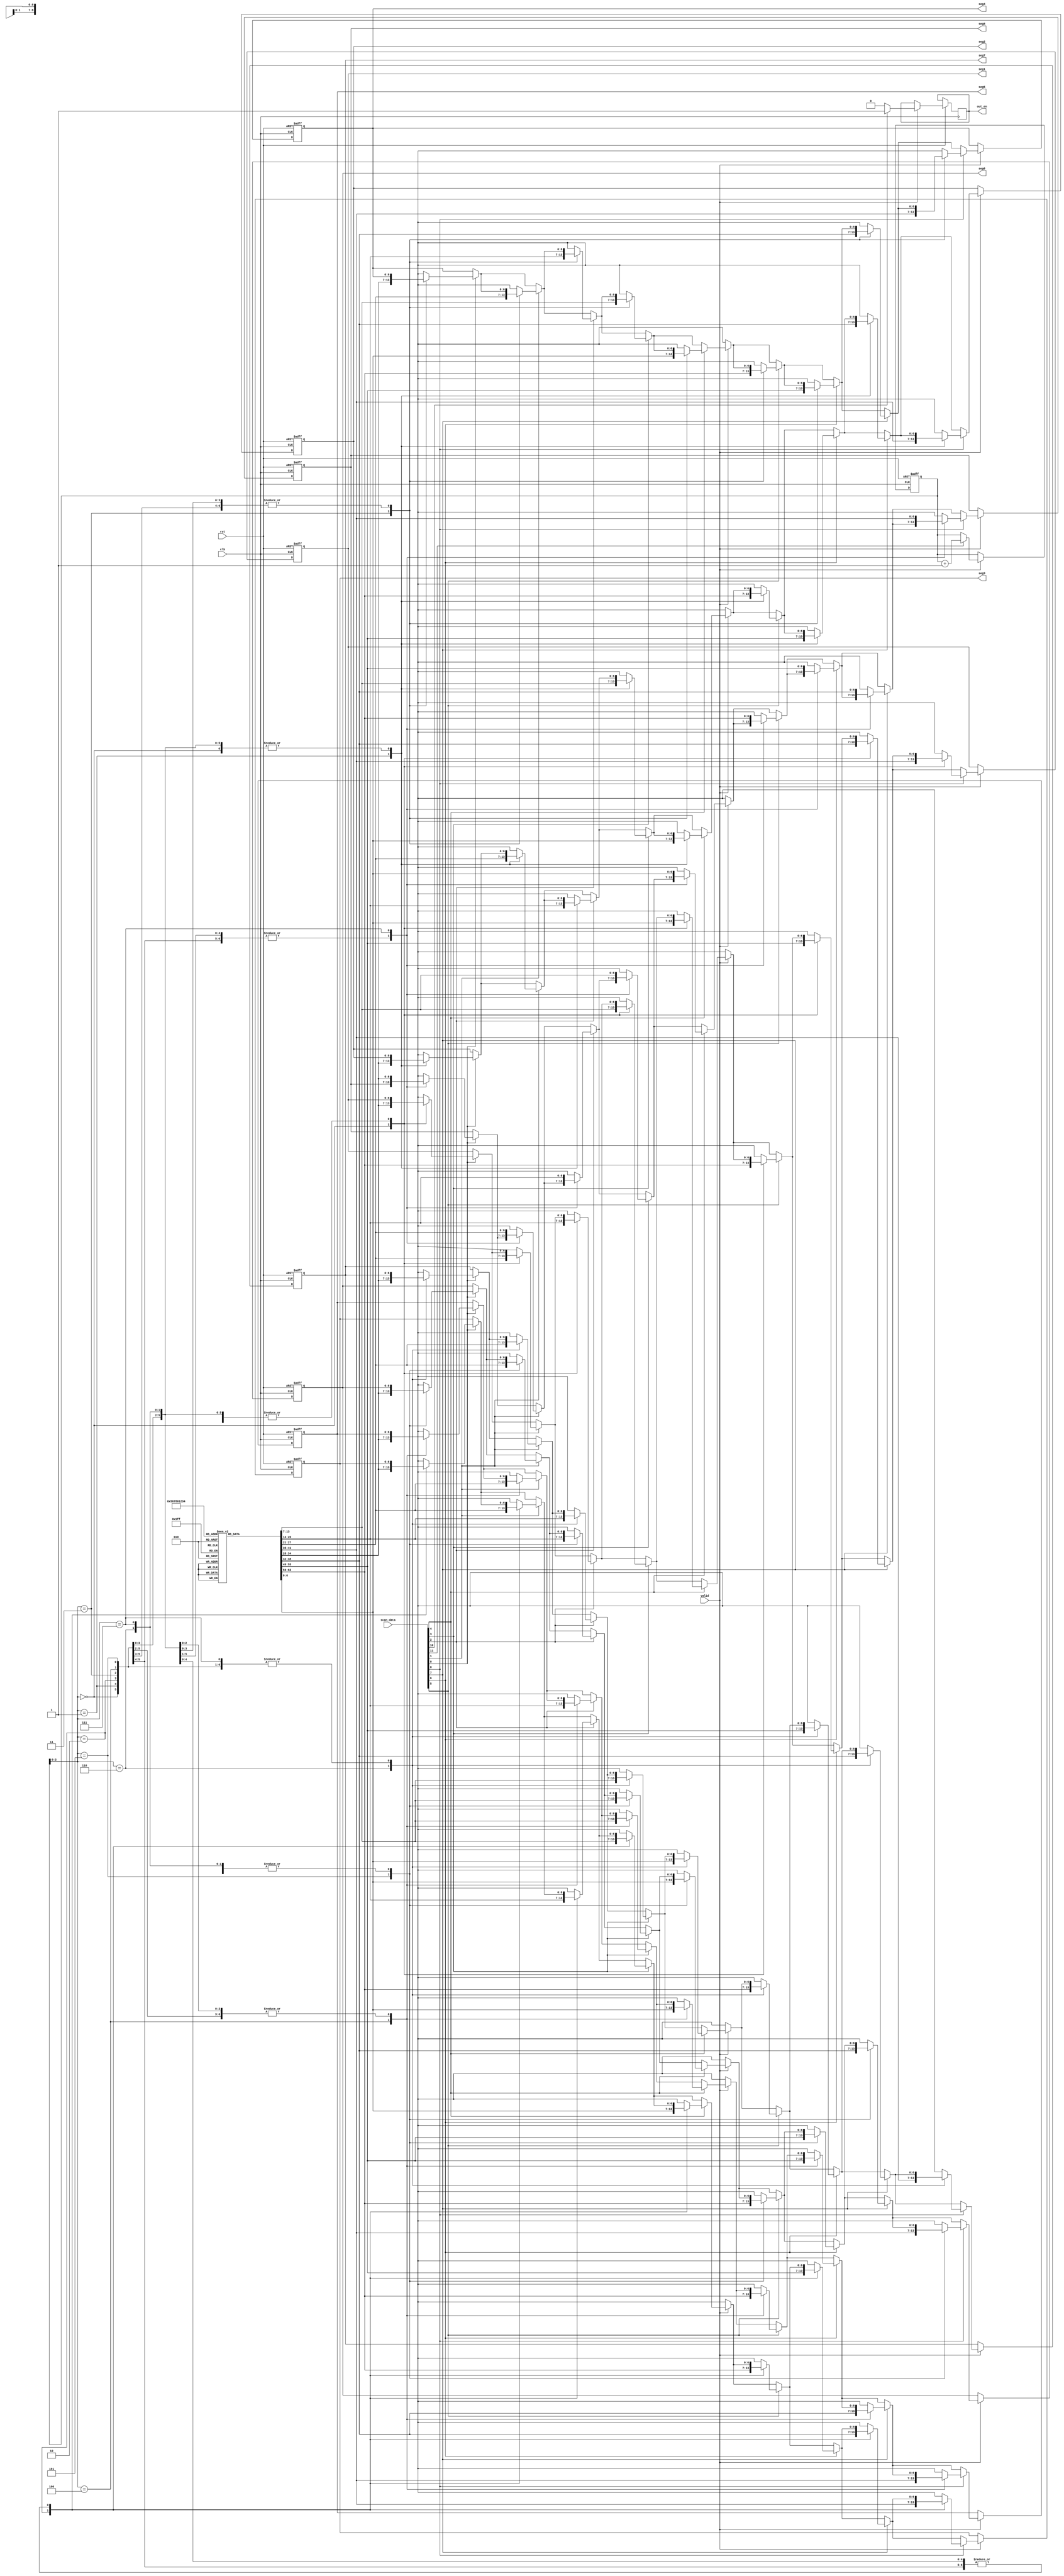
module display(clk,rst,scan_data,valid,seg1,seg2,seg3,seg4,seg5,seg6,seg7,seg8,out_en);
    input clk,rst,valid;
    input [11:0] scan_data;
    output [6:0] seg1,seg2,seg3,seg4,seg5,seg6,seg7,seg8;
    output reg out_en;
    reg [6:0] num[0:9];
    reg [6:0] r[0:7];
    reg [11:0] r8;
    reg [3:0] r9;
    integer i;

    // 1~9 and 0 seven segment
    initial begin
    num[0]=7'b0110000;
    num[1]=7'b1101101;
    num[2]=7'b1111001;
    num[3]=7'b0110010;
    num[4]=7'b1011011;
    num[5]=7'b1011111;
    num[6]=7'b1110010;
    num[7]=7'b1111111;
    num[8]=7'b1111011;
    num[9]=7'b0000000;
    end


    always @(posedge clk or negedge rst) begin
        if(!rst) begin
            for(i=0;i<=7;i=i+1)
                r[i]<=0;
            r8<=0;
            r9<=0;
        end
        else if(valid) begin
            r8=scan_data;
            for(i=0;i<=8;i=i+1)begin
                if(r8[i]==1)
                    r[r9]=num[i];
            end
            if(r8[11]==1)
                r9=r9+1;
            if(r8[10]==1)
                out_en=1;
            else
                out_en=0;
        end 
    end


    assign seg1=r[0];
    assign seg2=r[1];
    assign seg3=r[2];
    assign seg4=r[3];
    assign seg5=r[4];
    assign seg6=r[5];
    assign seg7=r[6];
    assign seg8=r[7];

endmodule